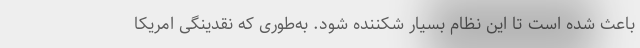
باعث شده است تا این نظام بسیار شکننده شود. به‌طوری که نقدینگی امریکا